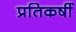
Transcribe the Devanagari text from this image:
प्रतिकर्षी